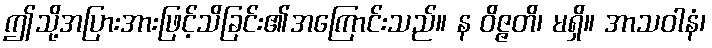
ဤသို့အပြားအားဖြင့်သိခြင်း၏အကြောင်းသည်။ န ဝိဇ္ဇတိ၊ မရှိ။ အာသဝါနံ၊